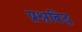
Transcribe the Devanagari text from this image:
प्रश्नबिद्ध